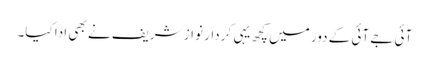
آئی جے آئی کے دور میں کچھ یہی کردار نواز شریف نے بھی ادا کیا۔